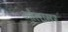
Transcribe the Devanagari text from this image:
ओलासर